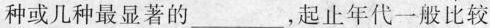
种或几种最显著的 ___ ，起止年代一般比较